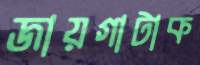
জায়গাটাক